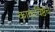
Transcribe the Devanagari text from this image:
काकविष्ठेचे